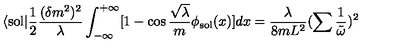
\langle \mathrm { s o l } | \frac { 1 } { 2 } \frac { ( \delta m ^ { 2 } ) ^ { 2 } } { \lambda } \int _ { - \infty } ^ { + \infty } [ 1 - \cos \frac { \sqrt { \lambda } } { m } \phi _ { \mathrm { s o l } } ( x ) ] d x = \frac { \lambda } { 8 m L ^ { 2 } } ( \sum \frac { 1 } { \tilde { \omega } } ) ^ { 2 }